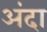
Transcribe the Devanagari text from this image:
अंदा